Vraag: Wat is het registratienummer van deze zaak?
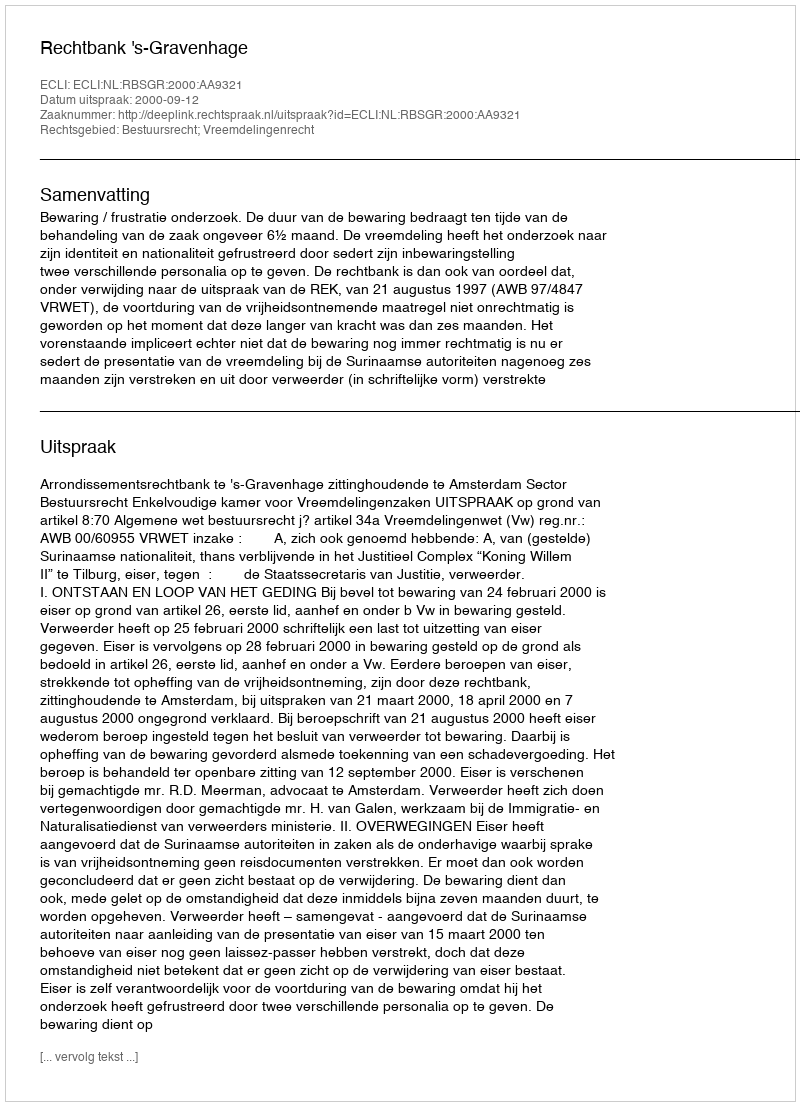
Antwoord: http://deeplink.rechtspraak.nl/uitspraak?id=ECLI:NL:RBSGR:2000:AA9321